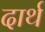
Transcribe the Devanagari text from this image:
दार्थ